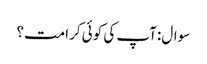
سوال:آپ کی کوئی کرامت؟